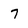
Character: 7